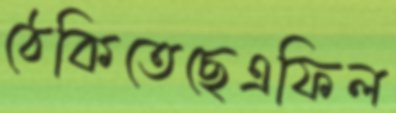
ঠেকিতেছেএফিল